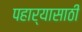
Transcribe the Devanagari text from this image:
पहार्‍यासाठी